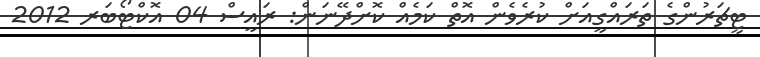
ޓީޗަރުންގެ ތަރައްގީއަށް ކުރެވެން އޮތް ކަމެއް ކޮށްދޭނަން: ރައީސް 04 އޮކްޓޯބަރ 2012